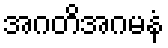
အဂတိအဂမနံ